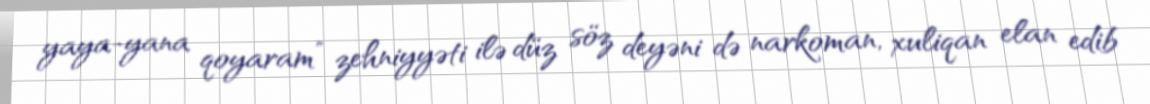
yaya-yana qoyaram” zehniyyəti ilə düz söz deyəni də narkoman, xuliqan elan edib